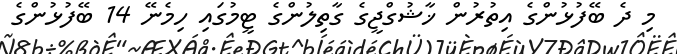
މި ދެ ބޭފުޅުންގެ އިތުރުން ޚާޝުގްޖީގެ ގާތިލުންގެ ޓީމުގައި ހިމެނޭ 14 ބޭފުޅުންގެ